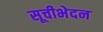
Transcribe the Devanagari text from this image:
सूचीभेदन